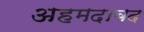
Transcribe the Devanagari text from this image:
अहमदाबद